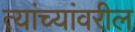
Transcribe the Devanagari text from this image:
त्यांच्यांवरील